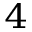
{ ^ 4 }